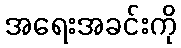
အရေးအခင်းကို